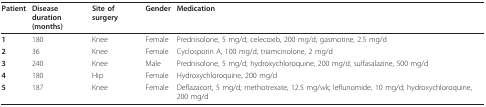
<table><thead><tr><td><b>Patient</b></td><td><b>Disease duration(months)</b></td><td><b>Site of surgery</b></td><td><b>Gender</b></td><td><b>Medication</b></td></tr></thead><tbody><tr><td><b>1</b></td><td>180</td><td>Knee</td><td>Female</td><td>Prednisolone, 5 mg/d; celecoxib, 200 mg/d; gasmotine, 2.5 mg/d</td></tr><tr><td><b>2</b></td><td>36</td><td>Knee</td><td>Female</td><td>Cyclosporin A, 100 mg/d; triamcinolone, 2 mg/d</td></tr><tr><td><b>3</b></td><td>240</td><td>Knee</td><td>Male</td><td>Prednisolone, 5 mg/d; hydroxychloroquine, 200 mg/d; sulfasalazine, 500 mg/d</td></tr><tr><td><b>4</b></td><td>180</td><td>Hip</td><td>Female</td><td>Hydroxychloroquine, 200 mg/d</td></tr><tr><td><b>5</b></td><td>187</td><td>Knee</td><td>Female</td><td>Deflazacort, 5 mg/d; methotrexate, 12.5 mg/wk; leflunomide, 10 mg/d; hydroxychloroquine, 200 mg/d</td></tr></tbody></table>